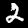
Label: 2